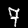
Label: 7